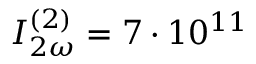
I _ { 2 \omega } ^ { ( 2 ) } = 7 \cdot 1 0 ^ { 1 1 }